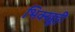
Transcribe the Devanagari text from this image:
भिक्खूही